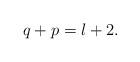
LaTeX: \begin{align*}q+p=l+2.\end{align*}